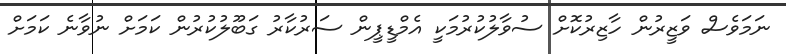
ނަމަވެސް ވަޒީރުން ހާޒިރުކޮށް ސުވާލުކުރުމަކީ އެމްޑީޕީން ސަރުކާރު ގަބޫލުކުރުން ކަމަށް ނުވާނެ ކަމަށް